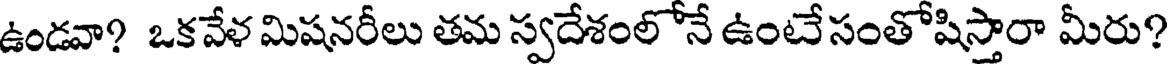
ఉండవా? ఒకవేళ మిషనరీలు తమ స్వదేశంలోనే ఉంటేసంతోషిస్తారా మీరు?